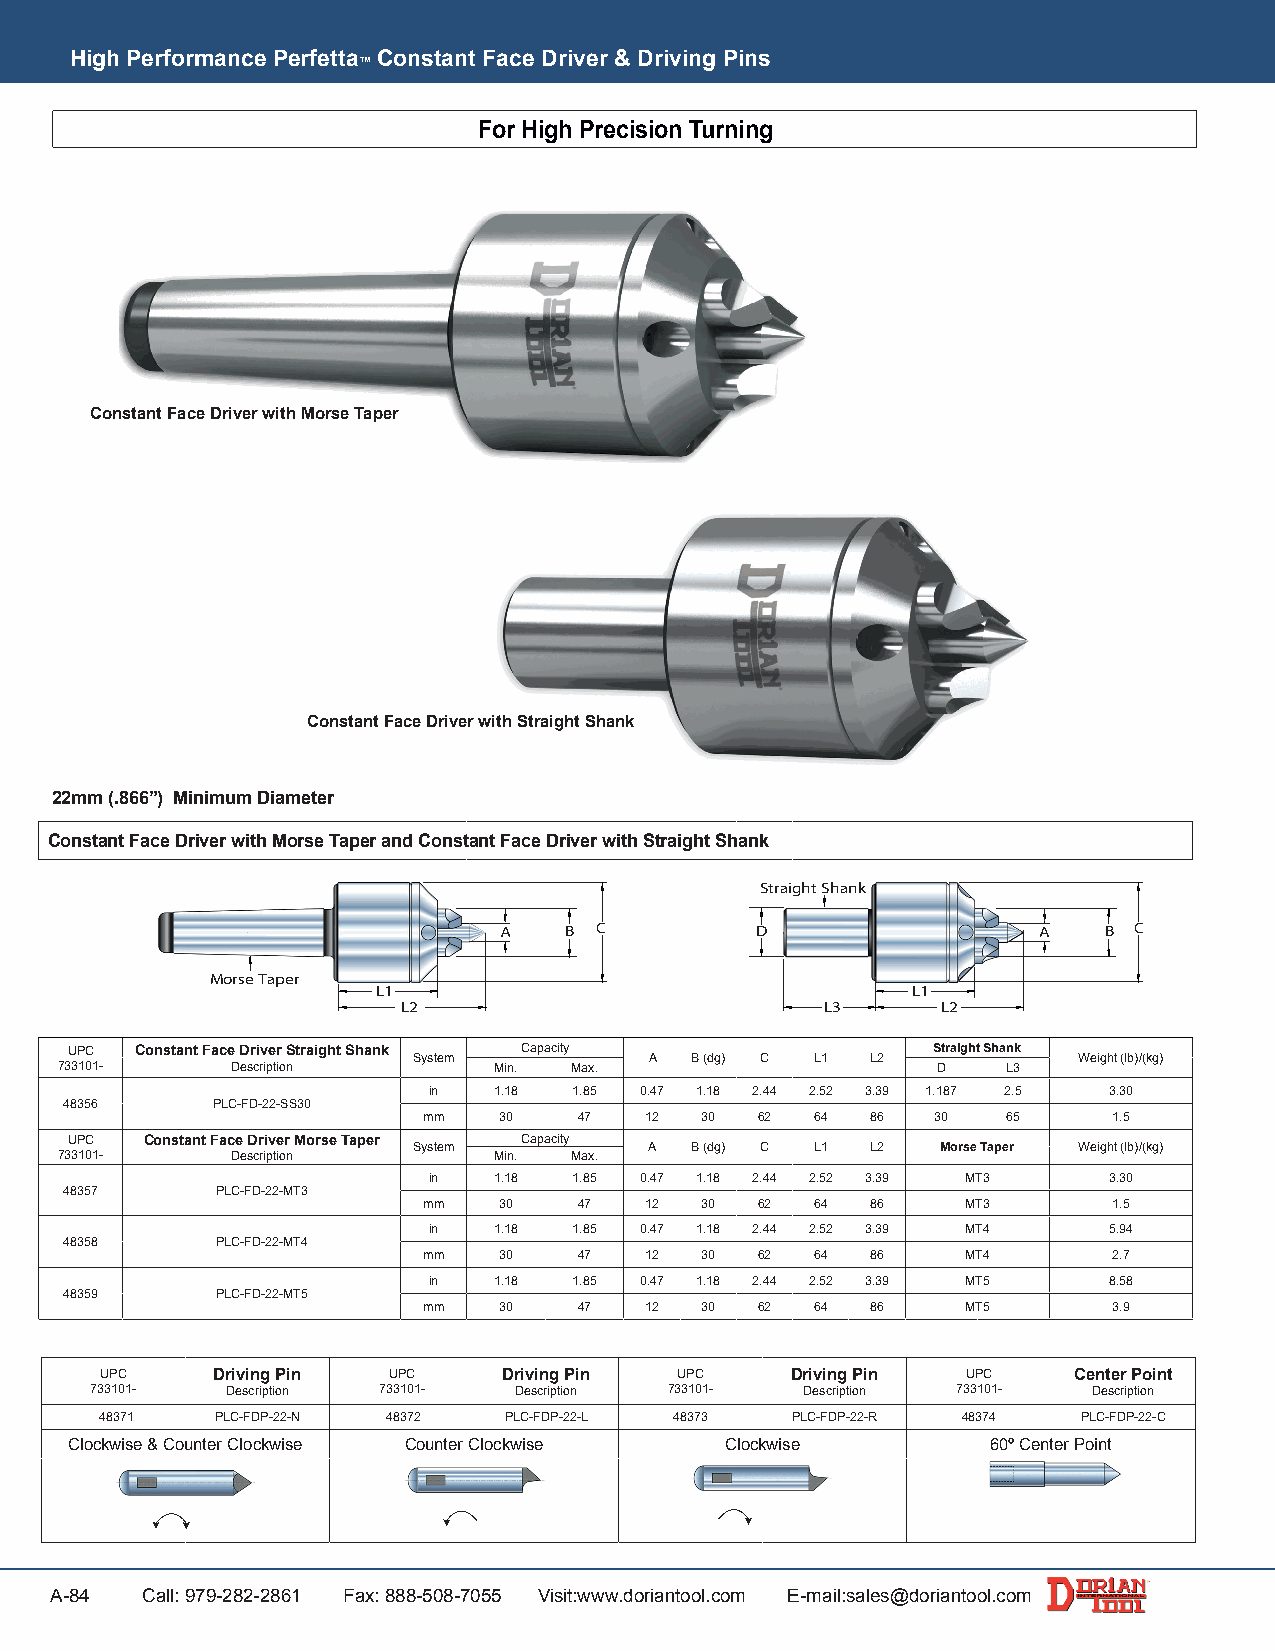
High Performance Perfetta Constant Face Driver & Driving Pins
 ™
 For High Precision Turning
 Constant Face Driver with Morse Taper
 Constant Face Driver with Straight Shank
 22mm (.866”) Minimum Diameter
 Constant Face Driver with Morse Taper and Constant Face Driver with Straight Shank
 Straight Shank
 B C          D                  A   B C
 Morse Taper
 L1                                 L1
 L2                          L3     L2
 UPC  Constant Face Driver Straight Shank Capacity         Straight Shank
 System          A  B (dg) C L1 L2           Weight (lb)/(kg)
 733101-    Description       Min. Max.                    D    L3
 in   1.18 1.85 0.47 1.18 2.44 2.52 3.39 1.187 2.5 3.30
 48356     PLC-FD-22-SS30
 mm   30   47   12 30  62  64  86  30   65     1.5
 UPC   Constant Face Driver Morse Taper Capacity
 System          A  B (dg) C L1 L2  Morse Taper Weight (lb)/(kg)
 733101-    Description       Min. Max.
 in   1.18 1.85 0.47 1.18 2.44 2.52 3.39 MT3  3.30
 48357     PLC-FD-22-MT3
 mm   30   47   12 30  62  64  86    MT3       1.5
 in   1.18 1.85 0.47 1.18 2.44 2.52 3.39 MT4  5.94
 48358     PLC-FD-22-MT4
 mm   30   47   12 30  62  64  86    MT4       2.7
 in   1.18 1.85 0.47 1.18 2.44 2.52 3.39 MT5  8.58
 48359     PLC-FD-22-MT5
 mm   30   47   12 30  62  64  86    MT5       3.9
 UPC    Driving Pin UPC    Driving Pin UPC    Driving Pin UPC    Center Point
 733101-  Description 733101- Description 733101- Description 733101- Description
 48371  PLC-FDP-22-N 48372 PLC-FDP-22-L 48373 PLC-FDP-22-R 48374  PLC-FDP-22-C
 Clockwise & Counter Clockwise Counter Clockwise Clockwise    60º Center Point
 A-84  Call: 979-282-2861 Fax: 888-508-7055 Visit:www.doriantool.com E-mail:sales@doriantool.com
 A